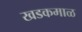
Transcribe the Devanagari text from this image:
खडकमाळ